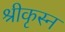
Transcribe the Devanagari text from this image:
श्रीकृस्‍न